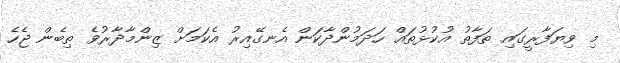
މި ވިޔަފާރީގައި ތަފާތު އުކުޅުތައް ހަދަމުންދާކަން އެނގޭއިރު އެކަމަށް ޒިންމާދާރުވެ ތިބެން ޖެހެ